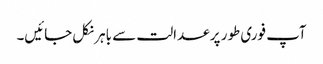
آپ فوری طور پر عدالت سے باہر نکل جائیں۔